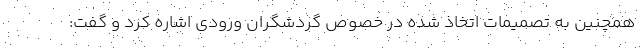
همچنین به تصمیمات اتخاذ شده در خصوص گردشگران ورودی اشاره کرد و گفت: